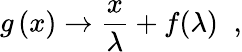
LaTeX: g\left(x\right)\rightarrow\frac{x}{\lambda}+f(\lambda)\; \; ,